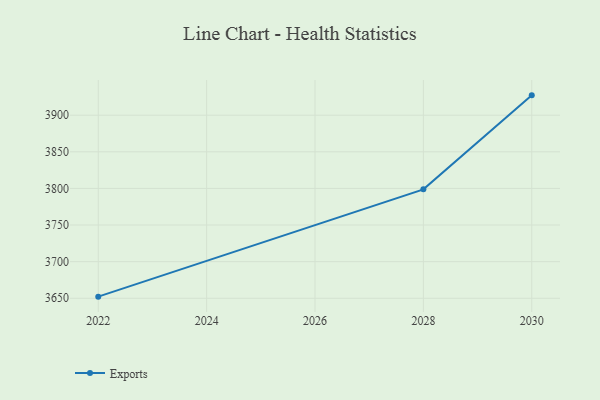
{"axis": {"x": "Year", "y": "Latency (ms)"}, "legend": ["Exports"], "data": [{"x": "2022", "y": 3652.2, "type": "Exports"}, {"x": "2028", "y": 3798.7, "type": "Exports"}, {"x": "2030", "y": 3927.1, "type": "Exports"}]}